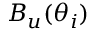
B _ { u } ( \boldsymbol \theta _ { i } )